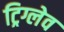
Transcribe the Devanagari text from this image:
ट्रिग्लेव